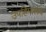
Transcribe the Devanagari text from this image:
उपहिमालय